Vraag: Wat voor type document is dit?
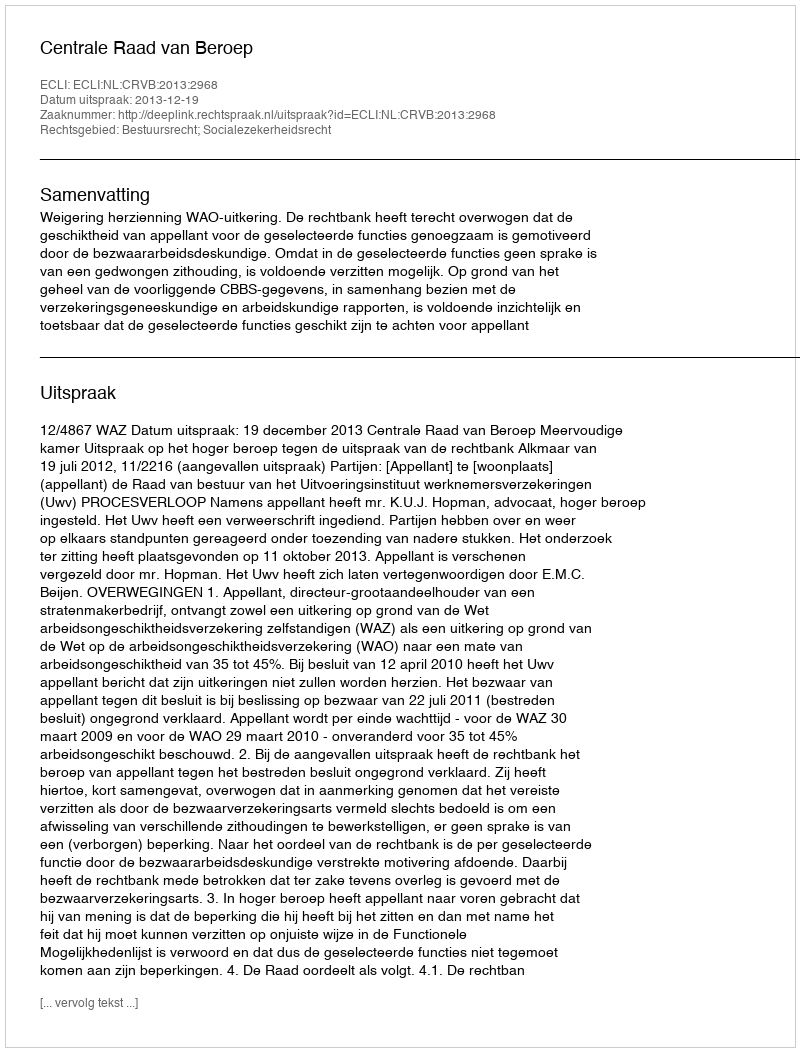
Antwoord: Uitspraak